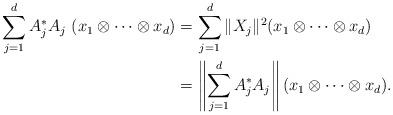
LaTeX: \begin{align*}\sum\limits_{j=1}^d A_{j}^*A_{j}\ (x_1\otimes\cdots\otimes x_d)&=\sum\limits_{j=1}^d \|X_{j}\|^2 (x_1\otimes\cdots\otimes x_d)\\&=\left\|\sum\limits_{j=1}^d A_{j}^*A_{j}\right\| (x_1\otimes\cdots\otimes x_d).\end{align*}